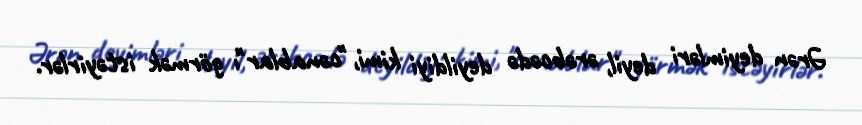
Ərən deyimləri deyil, ərəbcədə deyildiyi kimi, "cənablar"ı görmək istəyirlər.